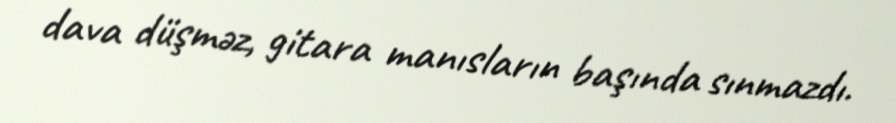
dava düşməz, gitara manısların başında sınmazdı.